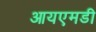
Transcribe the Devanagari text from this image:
आयएमडी